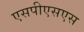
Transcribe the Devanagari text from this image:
एसपीएसएस